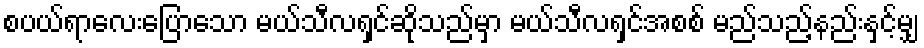
စပယ်ရာလေးပြောသော မယ်သီလရှင်ဆိုသည်မှာ မယ်သီလရှင်အစစ် မည်သည့်နည်းနှင့်မျှ